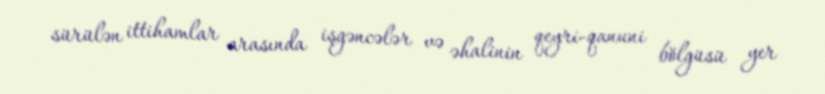
sürülən ittihamlar arasında işgəncələr və əhalinin qeyri-qanuni bölgüsü yer